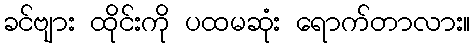
ခင်ဗျား ထိုင်းကို ပထမဆုံး ရောက်တာလား။